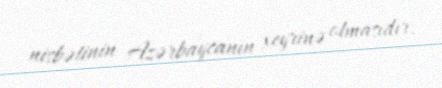
nisbətinin Azərbaycanın xeyrinə olmasıdır.